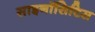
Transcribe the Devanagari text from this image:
साइनॉसिटिस